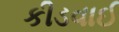
કીડવાઈ